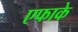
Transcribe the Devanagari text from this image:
एफाके